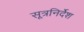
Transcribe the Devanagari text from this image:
सूत्रनिर्देश